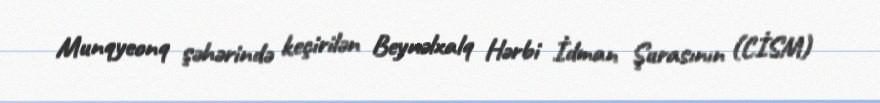
Munqyeonq şəhərində keçirilən Beynəlxalq Hərbi İdman Şurasının (CİSM)